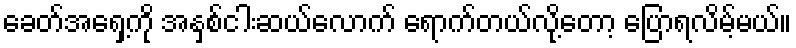
ခေတ်အရှေ့ကို အနှစ်ငါးဆယ်လောက် ရောက်တယ်လို့တော့ ပြောရလိမ့်မယ်။